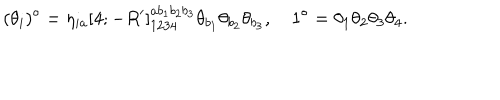
( \theta _ { i } ) ^ { \circ } = \eta _ { i a } [ 4 ; - R ^ { \prime } ] _ { 1 2 3 4 } ^ { a b _ { 1 } b _ { 2 } b _ { 3 } } \theta _ { b _ { 1 } } \theta _ { b _ { 2 } } \theta _ { b _ { 3 } } , \quad 1 ^ { \circ } = \theta _ { 1 } \theta _ { 2 } \theta _ { 3 } \theta _ { 4 } .